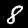
Label: 8